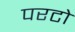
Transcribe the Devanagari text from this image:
परटो